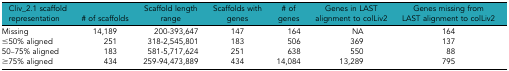
| Cliv_2.1 scaffold representation | # of scaffolds | Scaffold length range | Scaffolds with genes | # of genes | Genes in LAST alignment to colLiv2 | Genes missing from LAST alignment to colLiv2 |
 | --- | --- | --- | --- | --- | --- | --- |
 | Missing | 14,189 | 200-393,647 | 147 | 164 | NA | 164 |
 | ≤50% aligned | 251 | 318-2,545,801 | 183 | 506 | 369 | 137 |
 | 50–75% aligned | 183 | 581-5,717,624 | 251 | 638 | 550 | 88 |
 | ≥75% aligned | 434 | 259-94,473,889 | 434 | 14,084 | 13,289 | 795 |